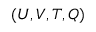
( U , V , T , Q )